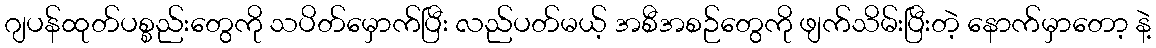
ဂျပန်ထုတ်ပစ္စည်းတွေကို သပိတ်မှောက်ပြီး လည်ပတ်မယ့် အစီအစဉ်တွေကို ဖျက်သိမ်းပြီးတဲ့ နောက်မှာတော့ နဲ့